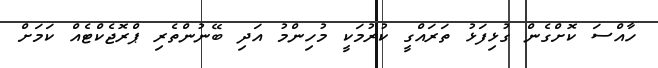
ހާއްސަ ކޮށްގެން ގުޅިފަޅު ތަރައްގީ ކުރުމަކީ މުހިންމު އަދި ބޭނުންތެރި ޕްރޮޖެކްޓެއް ކަމަށް